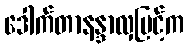
ဒေါက်တာနန္ဒာလှမြင့်က